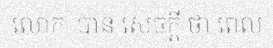
លោក  បាន សេចក្តី ថា ពេល